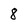
Character: 8